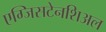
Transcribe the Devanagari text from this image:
एग्जिसटेनशिअल